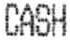
CASH